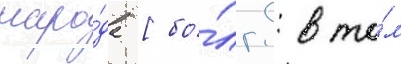
наро́да [бо́лг.: в то́м